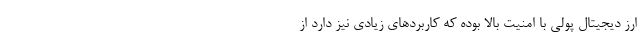
ارز دیجیتال پولی با امنیت بالا بوده که کاربردهای زیادی نیز دارد از